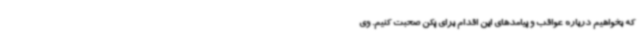
که بخواهیم درباره عواقب و پیامدهای این اقدام برای پکن صحبت کنیم. وی